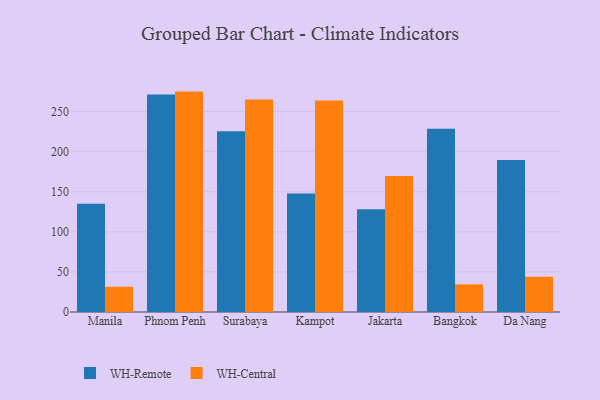
{"axis": {"x": "City", "y": "Net Income (USD K)"}, "legend": ["WH-Central", "WH-Remote"], "data": [{"x": "Manila", "y": 135.0, "type": "WH-Remote"}, {"x": "Manila", "y": 31.5, "type": "WH-Central"}, {"x": "Phnom Penh", "y": 271.5, "type": "WH-Remote"}, {"x": "Phnom Penh", "y": 275.0, "type": "WH-Central"}, {"x": "Surabaya", "y": 225.4, "type": "WH-Remote"}, {"x": "Surabaya", "y": 265.0, "type": "WH-Central"}, {"x": "Kampot", "y": 147.9, "type": "WH-Remote"}, {"x": "Kampot", "y": 264.0, "type": "WH-Central"}, {"x": "Jakarta", "y": 128.3, "type": "WH-Remote"}, {"x": "Jakarta", "y": 169.6, "type": "WH-Central"}, {"x": "Bangkok", "y": 228.8, "type": "WH-Remote"}, {"x": "Bangkok", "y": 34.5, "type": "WH-Central"}, {"x": "Da Nang", "y": 189.8, "type": "WH-Remote"}, {"x": "Da Nang", "y": 44.0, "type": "WH-Central"}]}